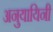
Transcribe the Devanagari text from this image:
अनुयायिनी